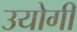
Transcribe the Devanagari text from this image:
उयोगी